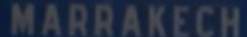
MARRAKECH